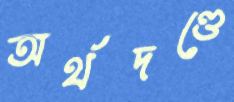
অর্থদণ্ডে